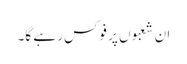
ان شعبوں پر فوکس رہے گا۔